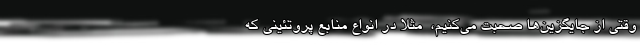
وقتی از جایگزین‌ها صحبت می‌کنیم، ‌ مثلا در انواع منابع پروتئینی که